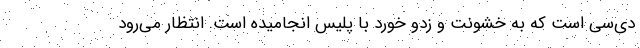
دی‌سی است که به خشونت و زدو خورد با پلیس انجامیده است. انتظار می‌رود